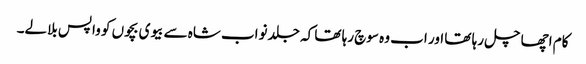
کام اچھا چل رہا تھا اور اب وہ سوچ رہا تھا کہ جلد نواب شاہ سے بیوی بچوں کو واپس بلالے۔